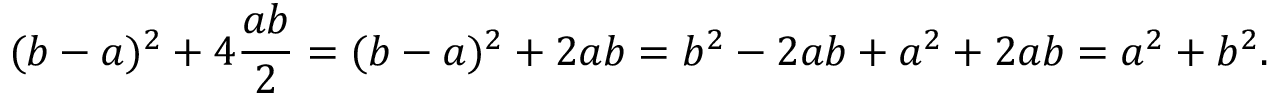
( b - a ) ^ { 2 } + 4 { \frac { a b } { 2 } } = ( b - a ) ^ { 2 } + 2 a b = b ^ { 2 } - 2 a b + a ^ { 2 } + 2 a b = a ^ { 2 } + b ^ { 2 } .